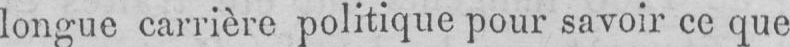
longue carrière politique pour savoir ce que